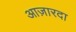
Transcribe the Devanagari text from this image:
आज़ारदा